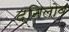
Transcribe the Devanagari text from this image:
दनिलोव